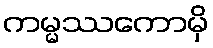
ကမ္မဿကောမှိ